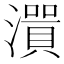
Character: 𤀭